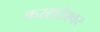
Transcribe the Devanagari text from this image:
करहाटेश्वर